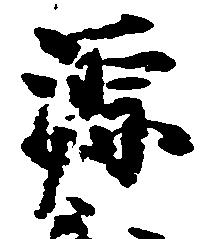
源